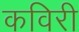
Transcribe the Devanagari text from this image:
कविरी